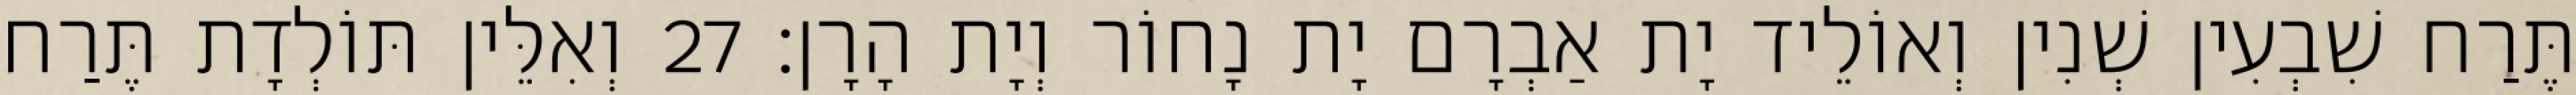
תֶּרַח שִׁבְעִין שְׁנִין וְאוֹלֵיד יָת אַבְרָם יָת נָחוֹר וְיָת הָרָן׃ 27 וְאִלֵּין תּוֹלְדָת תֶּרַח